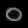
Digit: ၀